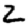
Digit: 2